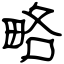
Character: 略